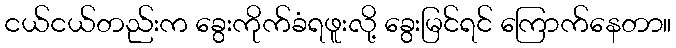
ငယ်ငယ်တည်းက ခွေးကိုက်ခံရဖူးလို့ ခွေးမြင်ရင် ကြောက်နေတာ။